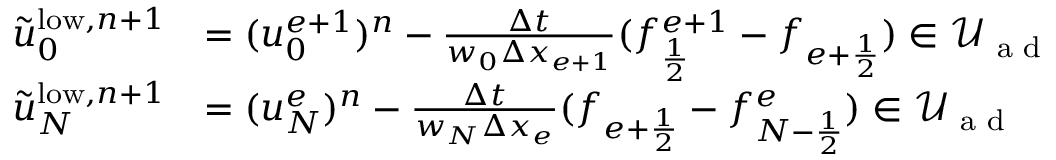
\begin{array} { r l } { \tilde { u } _ { 0 } ^ { \mathrm { l o w } , n + 1 } } & { = ( u _ { 0 } ^ { e + 1 } ) ^ { n } - \frac { \Delta t } { w _ { 0 } \Delta x _ { e + 1 } } ( f _ { \frac { 1 } { 2 } } ^ { e + 1 } - f _ { { e + \frac { 1 } { 2 } } } ) \in \mathcal { U } _ { \textrm { a d } } } \\ { \tilde { u } _ { N } ^ { \mathrm { l o w } , n + 1 } } & { = ( u _ { N } ^ { e } ) ^ { n } - \frac { \Delta t } { w _ { N } \Delta x _ { e } } ( f _ { { e + \frac { 1 } { 2 } } } - f _ { { N - \frac { 1 } { 2 } } } ^ { e } ) \in \mathcal { U } _ { \textrm { a d } } } \end{array}